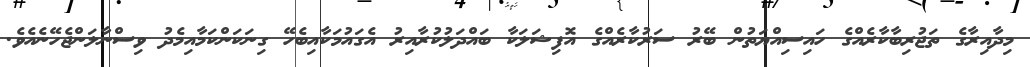
މިދާއިރާގެ ތަޖުރިބާކާރެއްގެ ހައިސިއްޔަތުން ބޭރު ސަރުކާރެއްގެ އޮފިޝަލަކާ ބައްދަލުކުރާއިރު އެގައުމަކާއިބެހޭ ގިނަކަންކަމާއިމެދު ވިސްނާލަންޖެހޭނެއެވެ.